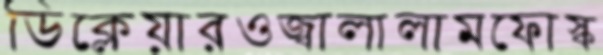
ডিক্লেয়ারওজ্বালালামফোস্ক